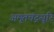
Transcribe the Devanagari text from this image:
अमृतचंद्रसूरि